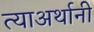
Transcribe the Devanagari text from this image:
त्याअर्थानी